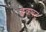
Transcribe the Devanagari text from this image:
इक॒वट॒